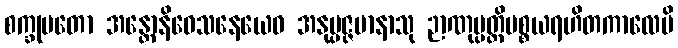
စက္ခုမတော အန္တောနိဝေသနေယေဝ အနုပ္ပဇ္ဇမာနာသု ဉာဏုပ္ပတ္တိပစ္စယရဟိတကာလေပိ